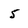
Character: 5